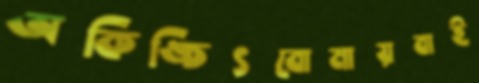
অকিঙ্চিৎবোমায়বাই